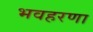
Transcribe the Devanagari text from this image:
भवहरणा